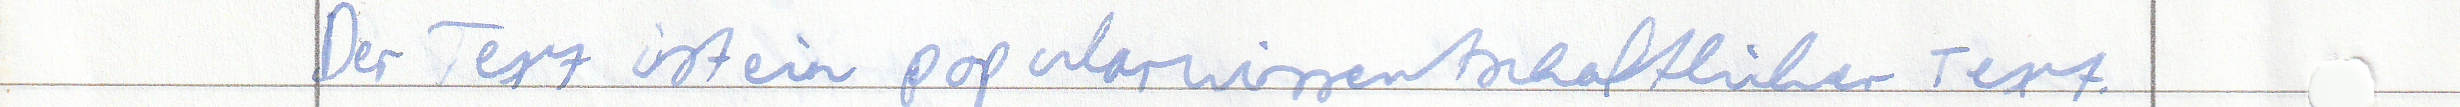
Der Text ist ein popularwissentschaftlicher Text.